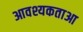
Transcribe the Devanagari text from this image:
आवश्यकताआ